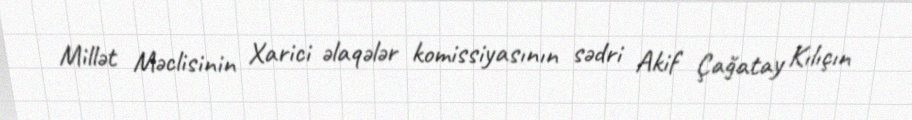
Millət Məclisinin Xarici əlaqələr komissiyasının sədri Akif Çağatay Kılıçın